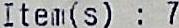
ITEM(S) : 7